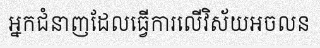
អ្នកជំនាញដែលធ្វើការលើវិស័យអចលន